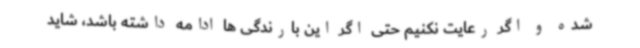
شده و اگر رعایت نکنیم حتی اگر این بارندگی ها ادامه داشته باشد، شاید